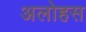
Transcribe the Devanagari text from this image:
अलोहस